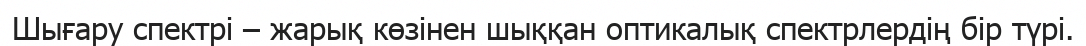
Шығару спектрі – жарық көзінен шыққан оптикалық спектрлердің бір түрі.